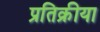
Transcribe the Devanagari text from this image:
प्रतिक्रीया